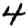
Digit: 4